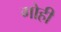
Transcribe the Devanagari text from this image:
गोही